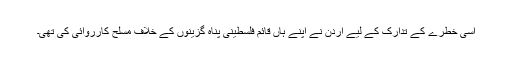
اسی خطرے کے تدارک کے لیے اردن نے اپنے ہاں قائم فلسطینی پناہ گزینوں کے خلاف مسلح کارروائی کی تھی۔